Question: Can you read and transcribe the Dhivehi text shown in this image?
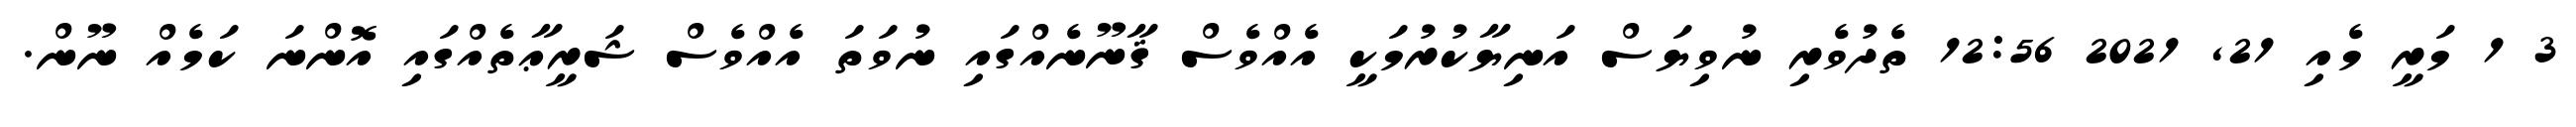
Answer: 3 1 މަރީ މެއި 21, 2021 12:56 ތެދުވެރި ނުވިޔަސް އަނިޔާކުރުމަކީ އެއްވެސް ޤާނޫނެއްގައި ނުވަތަ އެއްވެސް ޝަރީޢާތެއްގައި އޮންނަ ކަމެއް ނޫން.